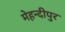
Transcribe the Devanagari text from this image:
मेहन्दीपुर